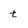
Character: t